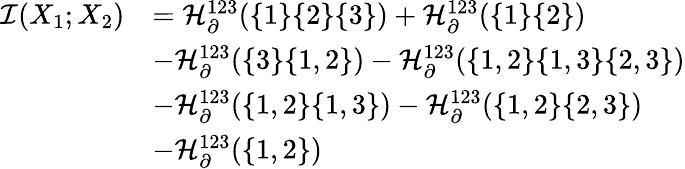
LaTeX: \begin{array}{rl}{\mathcal{I}(X_{1};X_{2})}&{=\mathcal{H}_{\partial}^{123}(\{ 1\} \{ 2\} \{ 3\} )+\mathcal{H}_{\partial}^{123}(\{ 1\} \{ 2\} )}\\ &{-\mathcal{H}_{\partial}^{123}(\{ 3\} \{ 1,2\} )-\mathcal{H}_{\partial}^{123}(\{ 1,2\} \{ 1,3\} \{ 2,3\} )}\\ &{-\mathcal{H}_{\partial}^{123}(\{ 1,2\} \{ 1,3\} )-\mathcal{H}_{\partial}^{123}(\{ 1,2\} \{ 2,3\} )}\\ &{-\mathcal{H}_{\partial}^{123}(\{ 1,2\} )}\end{array}